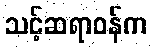
သင့်ဆရာဝန်က